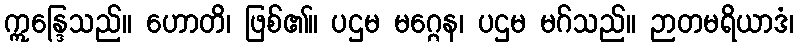
ဣန္ဒြေသည်။ ဟောတိ၊ ဖြစ်၏။ ပဌမ မဂ္ဂေန၊ ပဌမ မဂ်သည်။ ဉာတမရိယာဒံ၊